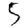
Digit: 5